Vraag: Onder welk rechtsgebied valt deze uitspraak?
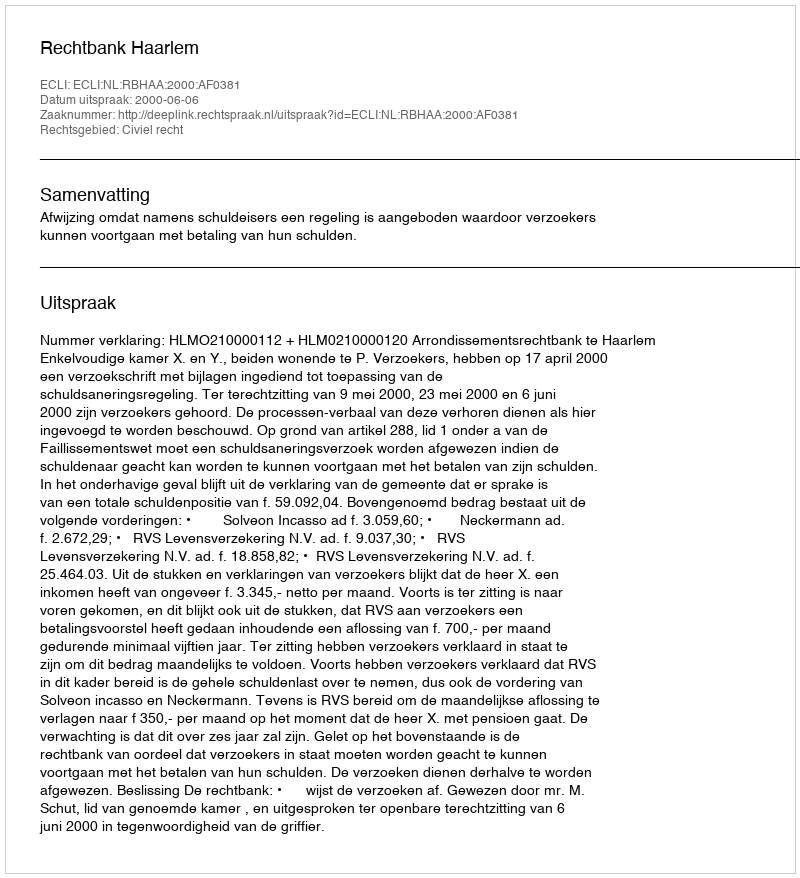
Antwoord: Civiel recht